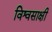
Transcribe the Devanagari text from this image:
विश्वसाक्षी